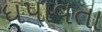
ધપાવતા